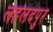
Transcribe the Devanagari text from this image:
लहलदपुर